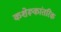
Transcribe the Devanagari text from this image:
कशेरूकांतरिक